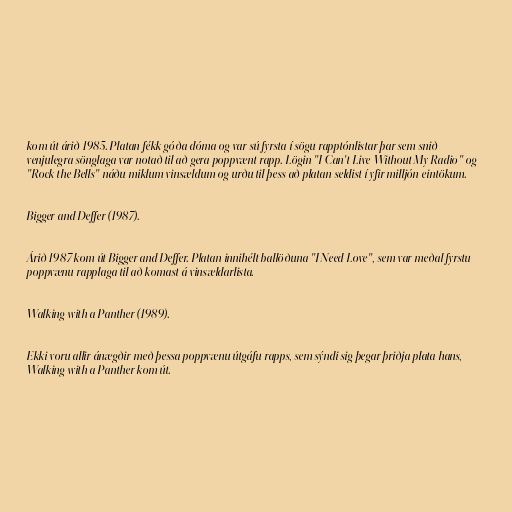
kom út árið 1985. Platan fékk góða dóma og var sú fyrsta í sögu rapptónlistar þar sem snið
venjulegra sönglaga var notað til að gera poppvænt rapp. Lögin "I Can't Live Without My Radio" og
"Rock the Bells" náðu miklum vinsældum og urðu til þess að platan seldist í yfir milljón eintökum.

Bigger and Deffer (1987).

Árið 1987 kom út Bigger and Deffer. Platan innihélt ballöðuna "I Need Love", sem var meðal fyrstu
poppvænu rapplaga til að komast á vinsældarlista.

Walking with a Panther (1989).

Ekki voru allir ánægðir með þessa poppvænu útgáfu rapps, sem sýndi sig þegar þriðja plata hans,
Walking with a Panther kom út.